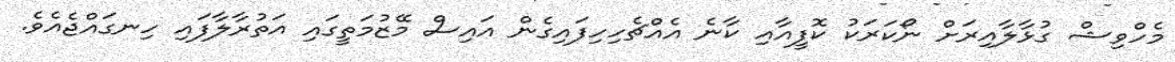
މެހްވިޝް ގުޅާލާއިރަށް ނޯކަރަކު ކޮފީއާއި ކާނެ އެއްޗެހިހިފައިގެން އައިސް މޭޒުމަތީގައި އަތުރާލާފައި ހިނގައްޖެއެވެ.